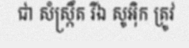
ជា សំស្ក្រឹត រីឯ សូអ៊ិក ត្រូវ